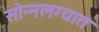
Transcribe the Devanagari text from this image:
सोन्नलग्यात